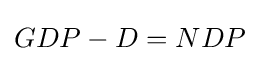
GDP-D=NDP